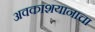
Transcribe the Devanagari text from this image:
अवकाशयानाचा